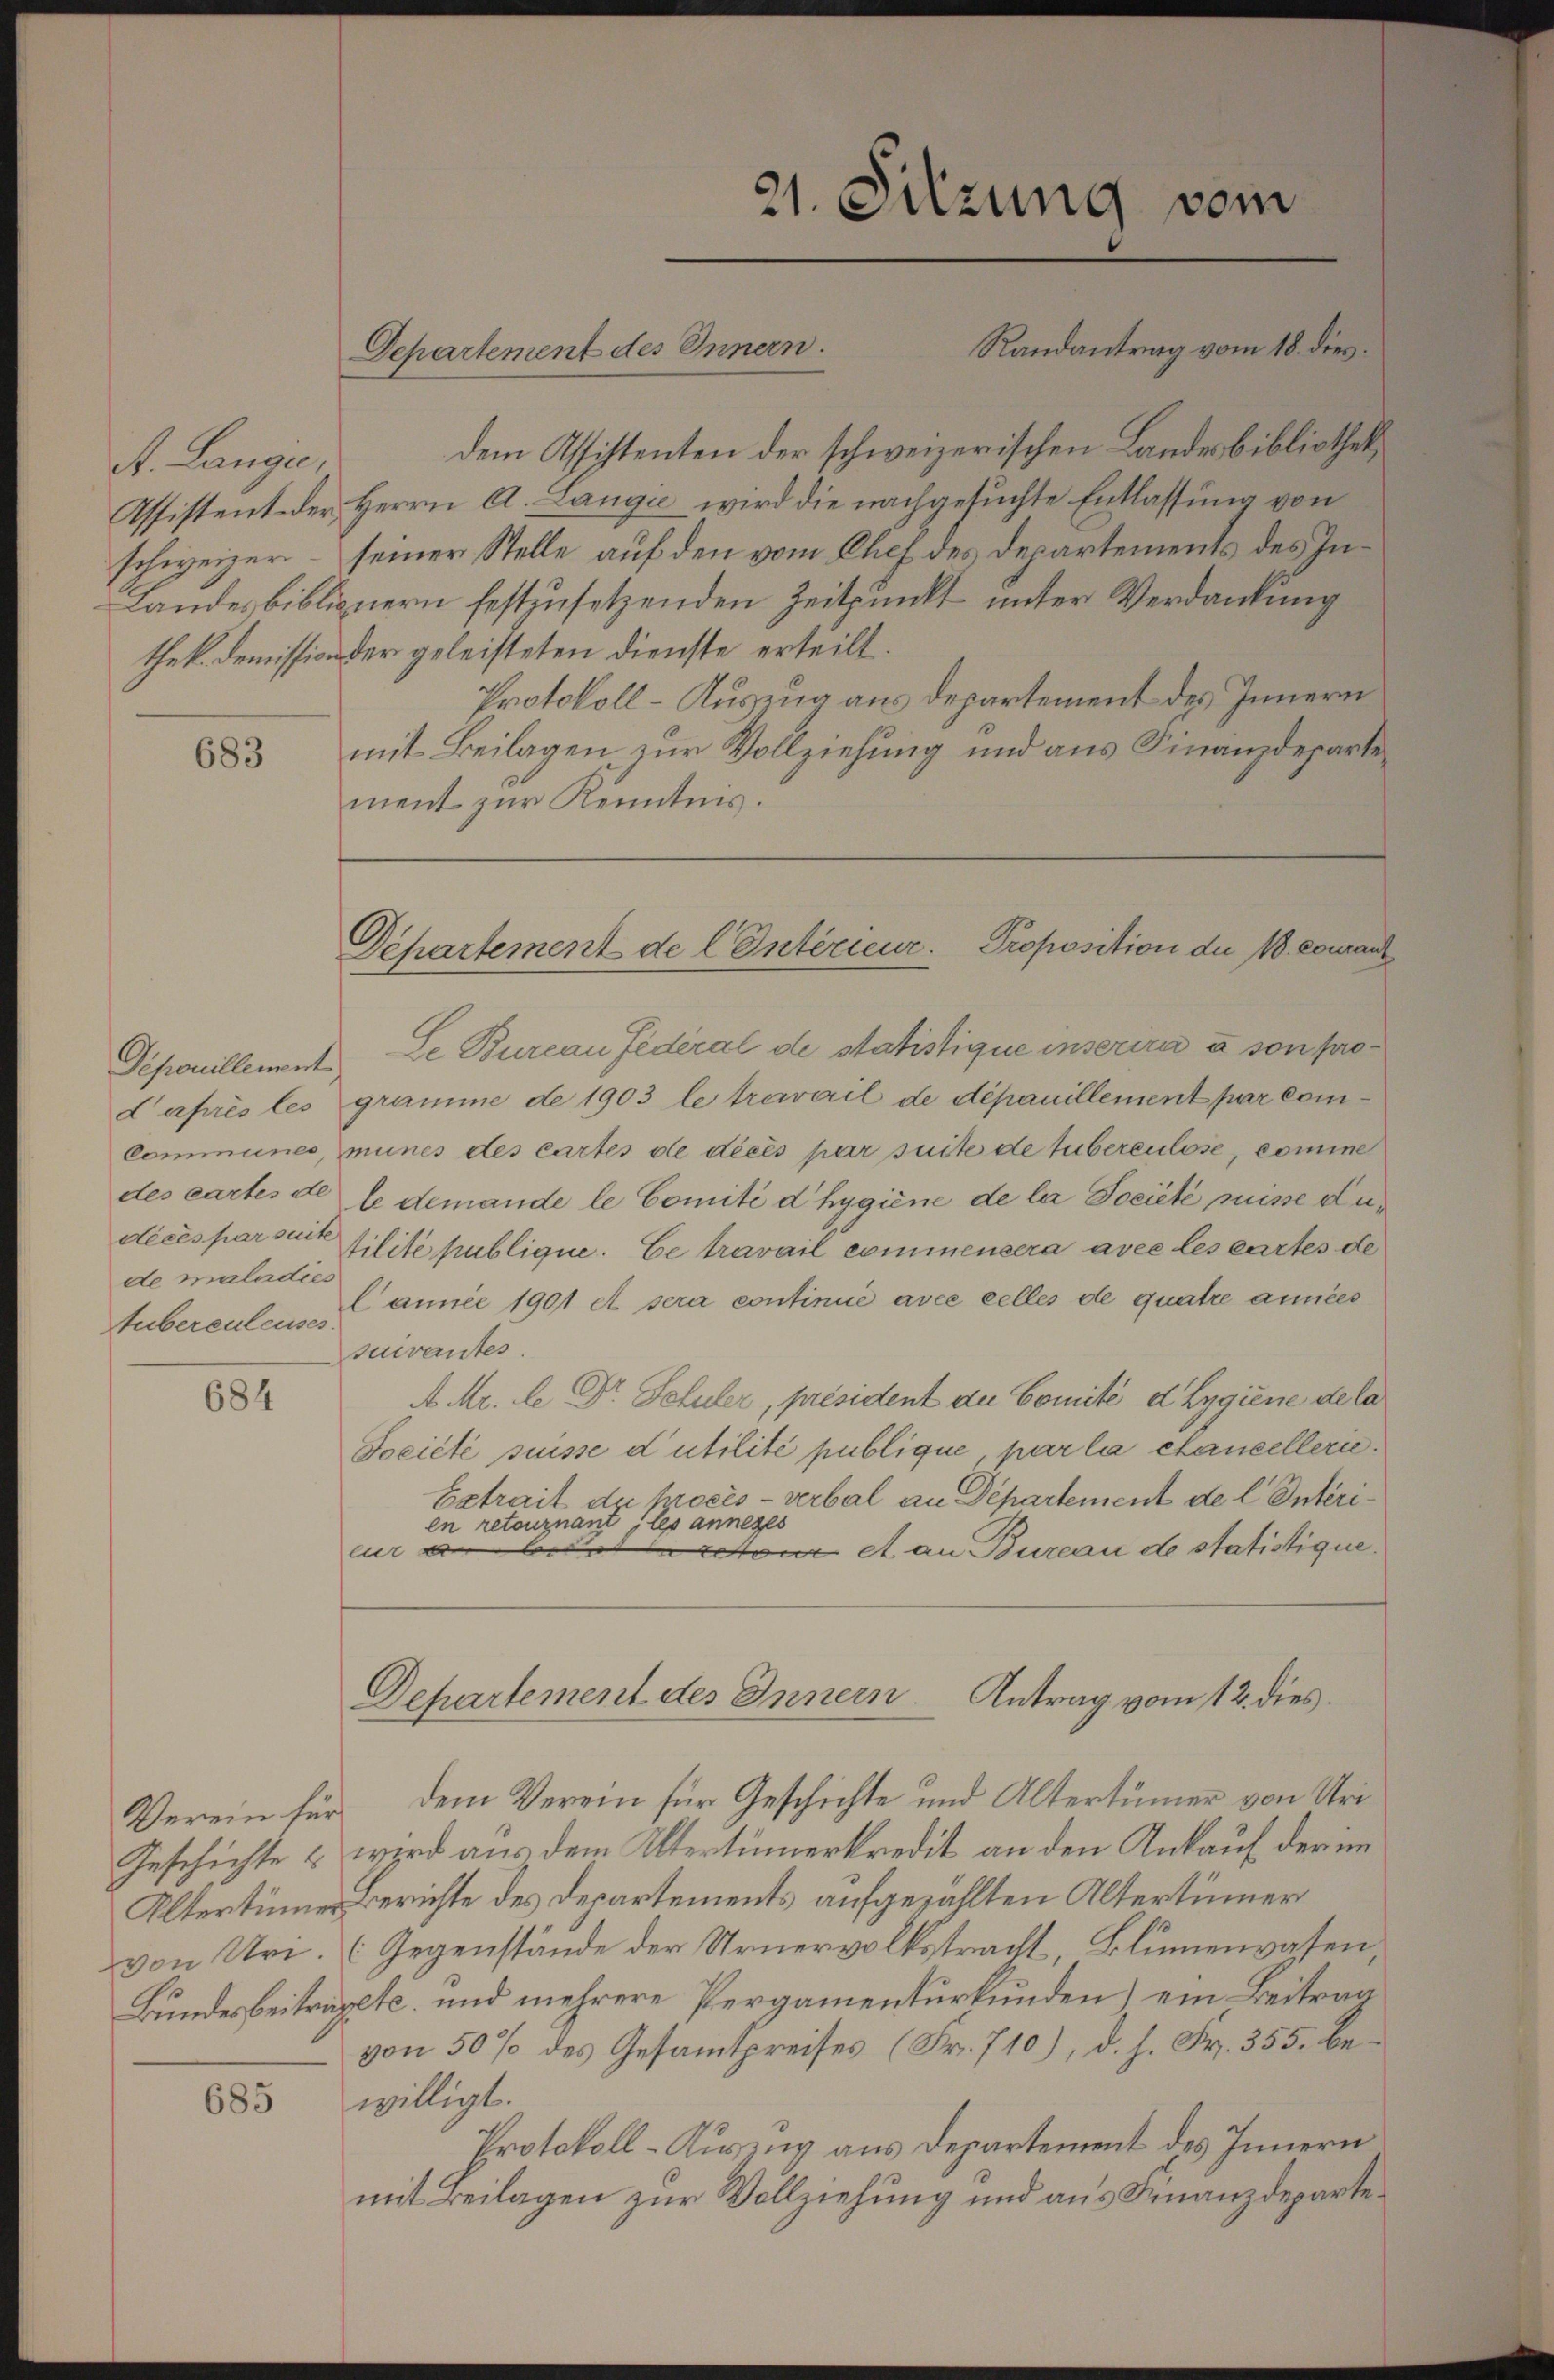
A. Lange,
Assistent der
schweizer
thek. Demission

683

Deponillement
d’après les
Commines
des cartes de
décés par suit
de maladies
Tubereuleuses

684

Verein für
Geschichte
Altertümer
von Uri.
Bundesbeitrag

685

ment zŭr Kenntnis.

Departement des Innern.

dem Assistenten der schweizerischen Landesbibliothek
Herrn A. Lange wird die nachgesuchte Entlassung von
seiner Stelle auf den vom Chef des Departements des In¬
Landesbiblignern festzusetzenden Zeitpunkt unter Verdankung
der geleisteten Dienste erteilt.
Protokoll-Auszug aus Departement des Innern
mit Beilagen zur Vollziehung und aus Finanzdeparte¬
Se Bureau fédéral de statistique inserira à son programme de 1903 le travail de dépanillement par communes des cartes de décés par suite de tubereulose, comine
le demande le Comité d’hygiene de la Société puisse dutilité publique. Ce travail commensera avec les cartes de
Lannée 1901 et sera continue avec celles de quatre années
suivantes.
A. Mr. Le Dr. Schuler, président der Comité d Lygiene de la
Jociété puisse d’utilité publique, par la chancellern.
Extrait de procès-verbal an Departement de l. Interien retournant les anneges
 A. an Bureau de statistique.
cure
Departement des Innern. Antrag vom 12. dies
dem Verein für Geschichte und Altertümer von Uriwird aus dem Altertümerkredit an den Ankauf der im
Berichte des Departements aufgezählten Altertümer
(Gegenstände der Urnervolkstracht, Blumenwesen,
etc. und mehrere Pergamenturkunden) ein Beitrag
von 50 % des Gesamtpreises (Fr. 710), d. h. Fr. 355. bewilligt.
Protokoll-Auszug aus Departement des Innern
mit Beilagen zur Vollziehung und aus Finanzdeparte¬

21. Sitzung vom
Randantrag vom 18. dies

Departement de l. Intérieur. Proposition du 18 couranz